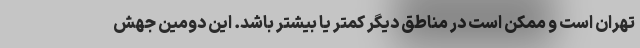
تهران است و ممکن است در مناطق دیگر کمتر یا بیشتر باشد. این دومین جهش